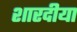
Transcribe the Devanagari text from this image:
शारदीया